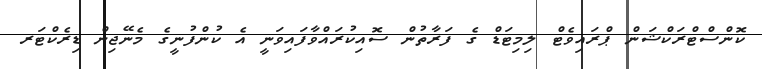
ކޮންސްޓްރަކްޝަން ޕްރައިވެޓް ލިމިޓަޑް ގެ ފަރާތުން ސޮއިކުރައްވާފައިވަނީ އެ ކުންފުނީގެ މެނޭޖިން ޑިރެކްޓަރ